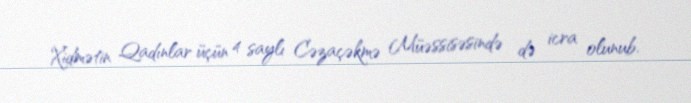
Xidmətin Qadınlar üçün 4 saylı Cəzaçəkmə Müəssisəsində də icra olunub.